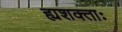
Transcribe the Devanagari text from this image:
ह्यशक्ताः